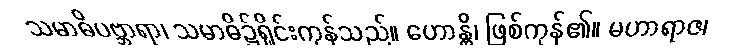
သမာဓိပဗ္ဘာရာ၊ သမာဓိ၌ရှိုင်းကုန်သည်။ ဟောန္တိ၊ ဖြစ်ကုန်၏။ မဟာရာဇ၊